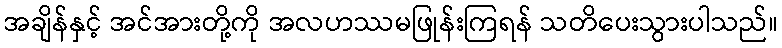
အချိန်နှင့် အင်အားတို့ကို အလဟဿမဖြုန်းကြရန် သတိပေးသွားပါသည်။